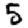
Digit: 5